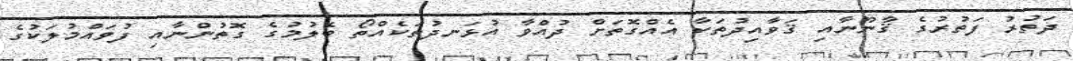
ދަތުރު ފަތުރުގެ ޤާނޫނާއި ޤަވާއިދުތަކާ އެއްގޮތަށް ދުއްވާ އުޅަނދުތަކެއްތޯ ބެލުމުގެ ގޮތުންނާއި ފުވައްމުލަކުގެ